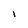
Character: l